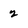
Character: 2